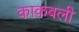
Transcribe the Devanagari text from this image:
काकबली